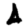
Digit: 4